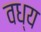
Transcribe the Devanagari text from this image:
वध्य